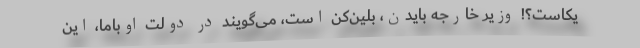
یکاست؟! وزیر خارجه بایدن، بلین‌کن است، می‌گویند در دولت اوباما، این